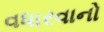
વધારવાનો